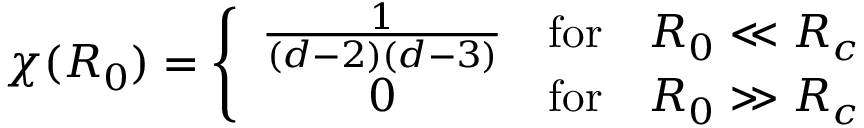
\chi ( R _ { 0 } ) = \left\{ \begin{array} { c c c } { { \frac { 1 } { ( d - 2 ) ( d - 3 ) } } } & { { \mathrm { f o r } } } & { { R _ { 0 } \ll R _ { c } } } \\ { { 0 } } & { { \mathrm { f o r } } } & { { R _ { 0 } \gg R _ { c } } } \end{array} \right.